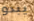
يبدو